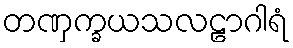
တဏှက္ခယသလဠာဂါရံ